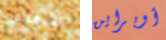
اللانهائية أوبراين